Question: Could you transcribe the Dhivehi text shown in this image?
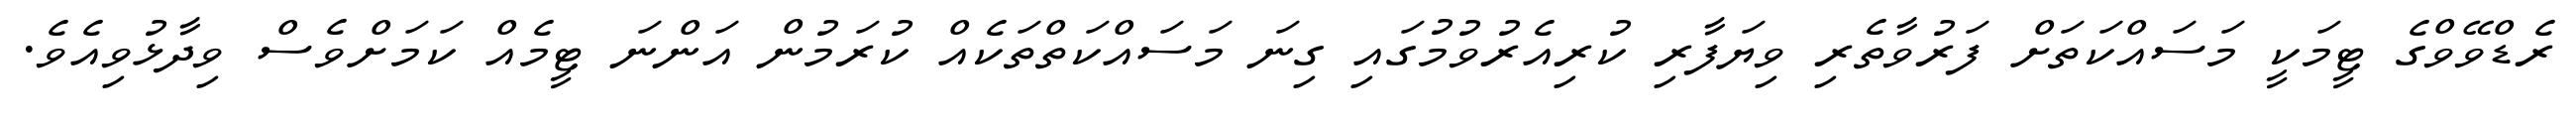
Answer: ރެޑްވޭވްގެ ޓީމަކީ މަސައްކަތަށް ފަރުވާތެރި ވިޔަފާރި ކުރިއެރުވުމުގައި ގިނަ މަސައްކަތްތަކެއް ކުރަމުން އަންނަ ޓީމެއް ކަމަށްވެސް ވިދާޅުވިއެވެ.